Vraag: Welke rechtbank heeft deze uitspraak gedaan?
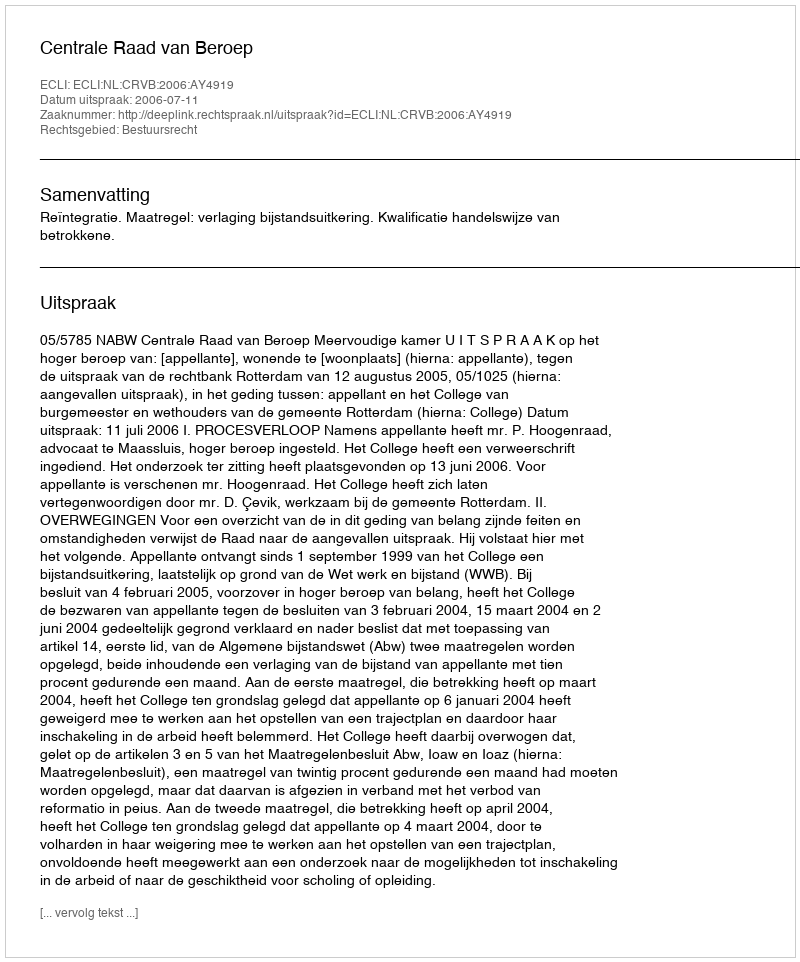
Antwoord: Centrale Raad van Beroep